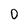
Character: 0